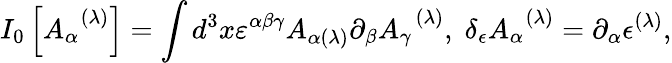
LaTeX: I_{0}\left[A_{\alpha}^{\; \; (\lambda)}\right]=\int d^{3}x\varepsilon^{\alpha\beta\gamma}A_{\alpha(\lambda)}\partial_{\beta}A_{\gamma}^{\; \; (\lambda)},\; \delta_{\epsilon}A_{\alpha}^{\; \; (\lambda)}=\partial_{\alpha}\epsilon^{(\lambda)},